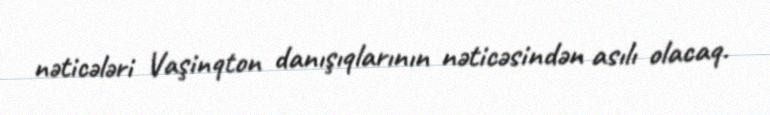
nəticələri Vaşinqton danışıqlarının nəticəsindən asılı olacaq.